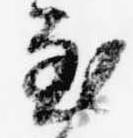
至